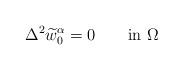
LaTeX: \begin{align*}\Delta^2\widetilde{w}^\alpha_0=0 \qquad\textrm{in }\Omega\end{align*}